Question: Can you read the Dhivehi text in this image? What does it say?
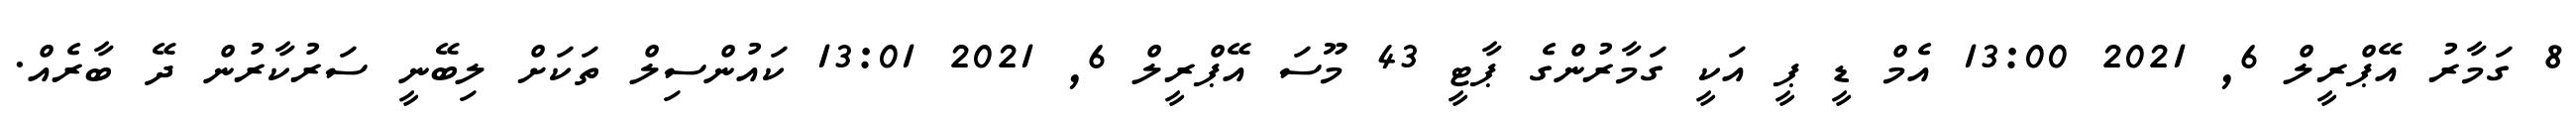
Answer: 8 ގަމާރު އޭޕްރީލް 6, 2021 13:00 އެމް ޑީ ޕީ އަކީ ގަމާރުންގެ ޕާޓީ 43 މޫސަ އޭޕްރީލް 6, 2021 13:01 ކައުންސިލް ތަކަށް ލިބޭނީ ސަރުކާރުން ދޭ ބާރެއް.